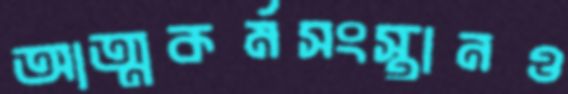
আত্মকর্মসংস্থানও